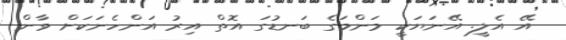
އޭ އެލީ. އޭނަޔަކީ މަންމަގެ ބަނޑުގަ އޮތް އިރު އަންހެނަކަށް ވާން